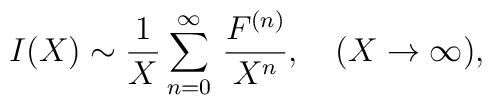
I(X)\sim\frac{1}{X}\sum_{n=0}^{\infty}\,\frac{F^{(n)}}{X^n},  \quad(X\to\infty),